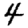
Digit: 4